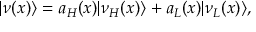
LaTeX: | \nu ( x ) \rangle = a _ { H } ( x ) | \nu _ { H } ( x ) \rangle + a _ { L } ( x ) | \nu _ { L } ( x ) \rangle ,